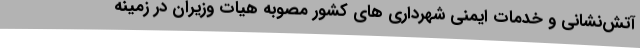
آتش‌نشانی و خدمات ایمنی شهرداری های کشور مصوبه هیات وزیران در زمینه